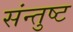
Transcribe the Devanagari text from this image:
संन्तुष्ट